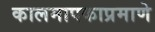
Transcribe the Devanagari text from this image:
कालमापकाप्रमाणे